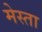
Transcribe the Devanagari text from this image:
मेस्ता